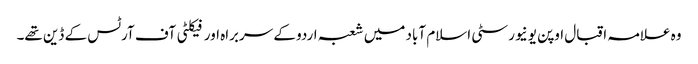
وہ علامہ اقبال اوپن یونیورسٹی اسلام آباد میں شعبہ اردو کے سربراہ اور فیکلٹی آف آرٹس کے ڈین تھے۔